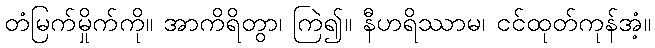
တံမြက်မှိုက်ကို။ အာကိရိတွာ၊ ကြဲ၍။ နီဟရိဿာမ၊ ငင်ထုတ်ကုန်အံ့။